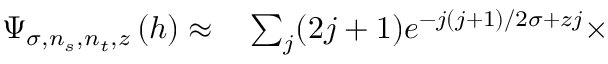
\begin{array} { r l } { \Psi _ { \sigma , n _ { s } , n _ { t } , z } \left( h \right) \approx } & { { } \sum _ { j } ( 2 j + 1 ) e ^ { - j ( j + 1 ) / 2 \sigma + z j } \times } \end{array}